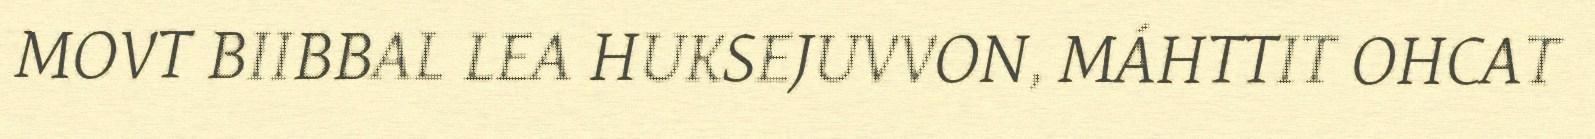
MOVT BIIBBAL LEA HUKSEJUVVON, MÁHTTIT OHCAT